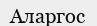
Аларгос